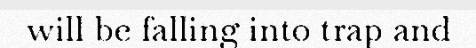
will be falling into trap and